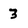
Character: 3